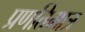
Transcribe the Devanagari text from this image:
प्रणतिमात्र